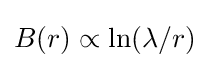
B(r)\propto \ln(\lambda /r)